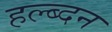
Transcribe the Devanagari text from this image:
हल्ब्दन